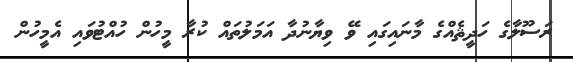
ރަސޫލާގެ ހަދީޘެއްގެ މާނައިގައި ވޭ ވިޔާނުދާ އަމަލުތައް ކުރާ މީހުން ހުއްޓުވައި އެމީހުން